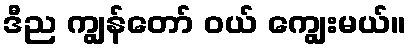
ဒီည ကျွန်တော် ဝယ် ကျွေးမယ်။